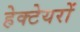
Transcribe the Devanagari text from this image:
हेक्टेयरों